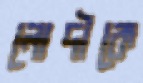
লোদীকে